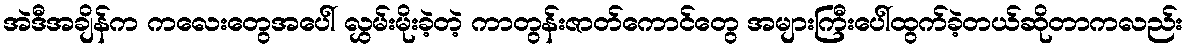
အဲဒီအချိန်က ကလေးတွေအပေါ် လွှမ်းမိုးခဲ့တဲ့ ကာတွန်းဇာတ်ကောင်တွေ အများကြီးပေါ်ထွက်ခဲ့တယ်ဆိုတာကလည်း